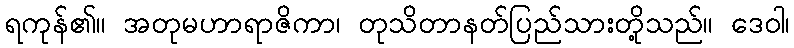
ရကုန်၏။ အတုမဟာရာဇိကာ၊ တုသိတာနတ်ပြည်သားတို့သည်။ ဒေဝါ၊